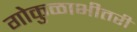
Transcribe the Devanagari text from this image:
गोकुळाभीतरीं